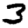
Digit: 3